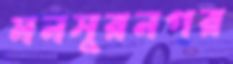
মনসুরনগর